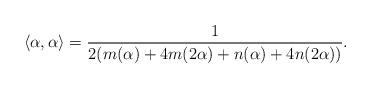
LaTeX: \begin{align*}\langle \alpha, \alpha \rangle = \frac{1}{2(m(\alpha ) + 4m(2\alpha ) + n(\alpha) + 4n(2\alpha))}.\end{align*}